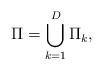
LaTeX: \begin{align*}\Pi = \bigcup_{k = 1}^D \Pi_k,\end{align*}